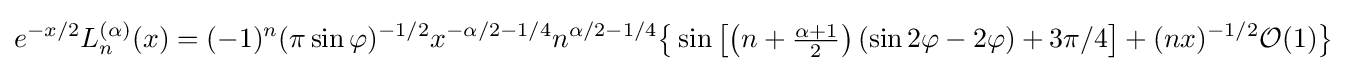
e^{-x/2}L_{n}^{(\alpha )}(x)=(-1)^{n}(\pi \sin \varphi )^{-1/2}x^{-\alpha /2-1/4}n^{\alpha /2-1/4}{\big \{}\sin \left[\left(n+{\tfrac {\alpha +1}{2}}\right)(\sin 2\varphi -2\varphi )+3\pi /4\right]+(nx)^{-1/2}{\mathcal {O}}(1){\big \}}